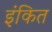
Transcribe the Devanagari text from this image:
इंकित